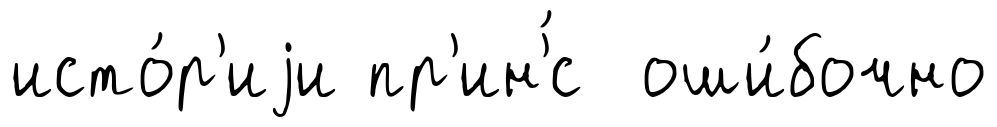
исто́р'иjи пр'ин'́с оши́бочно